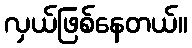
လှယ်ဖြစ်နေတယ်။